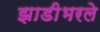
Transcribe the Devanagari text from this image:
झाडीभरले